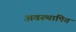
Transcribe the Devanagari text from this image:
अवस्थापित